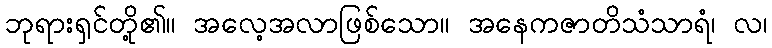
ဘုရားရှင်တို့၏။ အလေ့အလာဖြစ်သော။ အနေကဇာတိသံသာရံ၊ လ၊